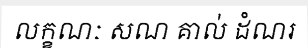
លក្ខណៈ សណ គាល់ ដំណរ